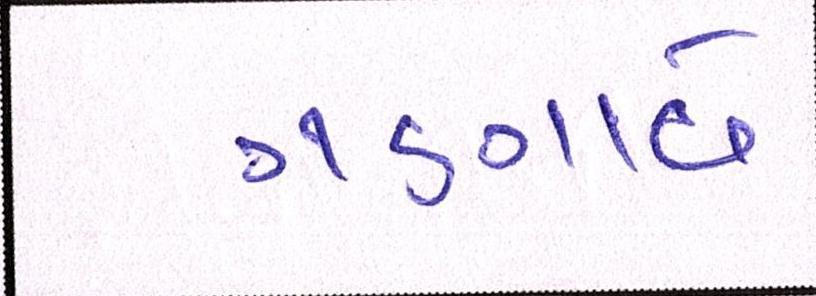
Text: ગણાવે